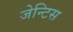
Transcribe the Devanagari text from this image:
जेन्टिस